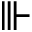
\Vvdash